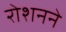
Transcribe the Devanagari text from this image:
रोशनने